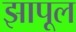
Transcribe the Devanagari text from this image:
झापूल